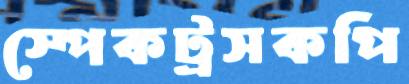
স্পেকট্রসকপি